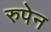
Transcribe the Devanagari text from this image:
रुपेन